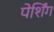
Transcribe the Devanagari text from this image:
पेर्शिंग